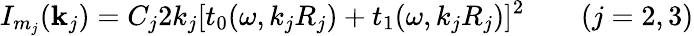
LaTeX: I_{m_{j}}({\mathbf k_{j}})=C_{j}2k_{j}[t_{0}({\omega},{k_{j}R_{j}})+t_{1}({\omega},{k_{j}R_{j}})]^{2}\qquad(j=2,3)